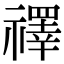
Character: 𥜃